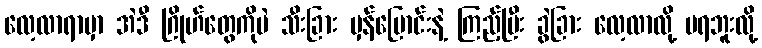
လေ့လာရာမှာ အဲဒီ ဂြိုဟ်တွေကိုပဲ သီးခြား မှန်ပြောင်းနဲ့ ကြည့်ပြီး ခွဲခြား လေ့လာလို့ မရဘူးလို့